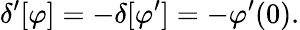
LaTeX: \delta^{\prime}[\varphi]=-\delta[\varphi^{\prime}]=-\varphi^{\prime}(0).